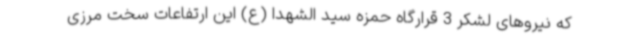
که نیروهای لشکر 3 قرارگاه حمزه سید الشهدا (ع) این ارتفاعات سخت مرزی